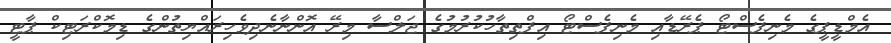
އެމްޑީޕީގެ މެނިފެސްޓޯ ޕެރޭޑާއި މެނިފެސްޓޯ އިފްތިތާހުކުރުމުގެ ޖަލްސާ މިރޭ އޮންނާނެދިވެހިރައްޔިތުންގެ ޑިމޮކްރަޓިކް ޕާޓީ